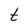
Character: t